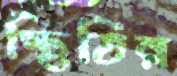
স্থিতির